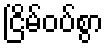
ငြိမ်ဝပ်စွာ